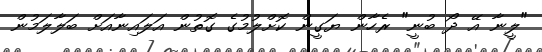
"ލީނާ އޭ ދޯ ބުނީ" ރެހާން ޔަގީން ކޮށްލުމުގެ ގޮތުން އަލައިނާއަށް ބަލާލަމުން